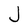
Character: J